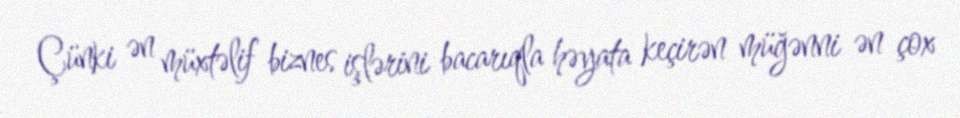
Çünki ən müxtəlif biznes işlərini bacarıqla həyata keçirən müğənni ən çox